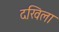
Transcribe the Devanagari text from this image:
दखिला